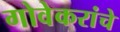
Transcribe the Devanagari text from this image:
गोवेकरांचे